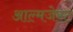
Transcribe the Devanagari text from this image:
आल्मजेस्ट